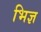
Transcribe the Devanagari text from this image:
भिज्ञ